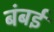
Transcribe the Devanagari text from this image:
बंबर्इ